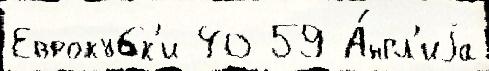
Еврокубк'и 40 59 А́нгл'иjа